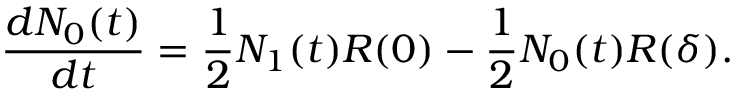
\frac { d N _ { 0 } ( t ) } { d t } = \frac { 1 } { 2 } N _ { 1 } ( t ) R ( 0 ) - \frac { 1 } { 2 } N _ { 0 } ( t ) R ( \delta ) .